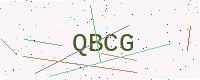
Text: QBCG